Report on the bubonic plague in Bombay, 1896-1897
Year: 1896
Disease focus: Plague
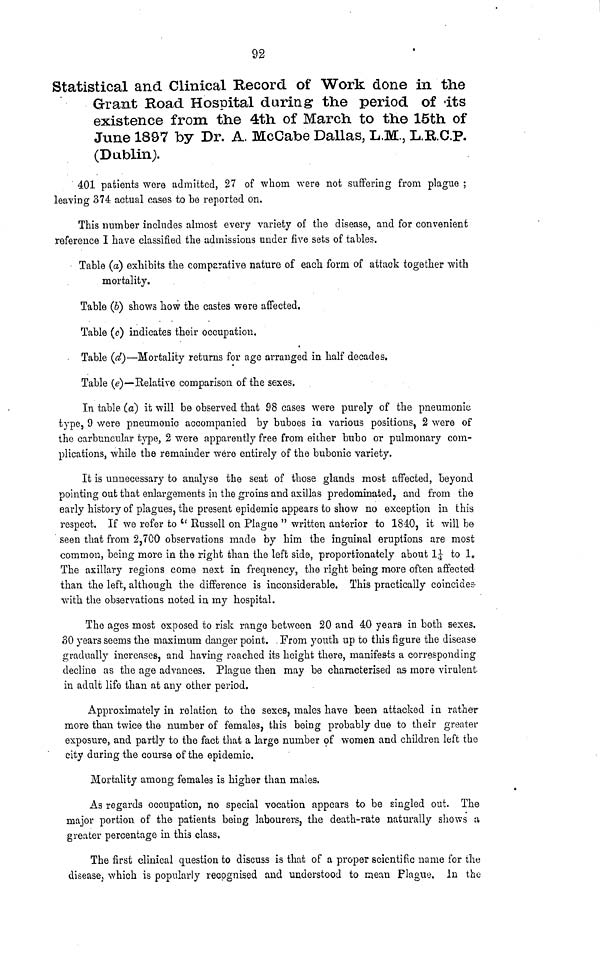
92
Statistical and Clinical Record of Work done in the
Grant Road Hospital during the period of its
existence from the 4th of March to the 15th of
June 1897 by Dr. A. McCabe Dallas, L.M., L.R.C.P.
(Dublin).
401 patients were admitted, 27 of whom were not suffering from plague ;
leaving 374 actual cases to be reported on.
This number includes almost every variety of the disease, and for convenient
reference I have classified the admissions under five sets of tables.
Table (a) exhibits the comparative nature of each form of attack together with
mortality.
Table (b) shows how the castes were affected.
Table (c) indicates their occupation.
Table (d)—Mortality returns for age arranged in half decades.
Table (e)—Relative comparison of the sexes.
In table (a) it will be observed that 98 cases were purely of the pneumonie
type, 9 were pneumonic accompanied by buboes in various positions, 2 were of
the carbuncular type, 2 were apparently free from either bubo or pulmonary com-
plications, while the remainder were entirely of the bubonic variety.
It is unnecessary to analyse the seat of those glands most affected, beyond
pointing out that enlargements in the groins and axillas predominated, and from the
early history of plagues, the present epidemic appears to show no exception in this
respect. If we refer to "Russell on Plague" written anterior to 1840, it will be
seen that from 2,700 observations made by him the inguinal eruptions are most
common, being more in the right than the left side, proportionately about 1 to 1
The axillary regions come next in frequency, the right being more often affected
than the left, although the difference is inconsiderable. This practically coincides
with the observations noted in my hospital.
The ages most exposed to risk range between 20 and 40 years in both sexes.
SO years seems the maximum danger point. From youth up to this figure the disease
gradually increases, and having reached its height there, manifests a corresponding
decline as the age advances. Plague then may be characterised as more virulent
in adult life than at any other period.
Approximately in relation to the sexes, males have been attacked in rather
more than twice the number of females, this being probably due to their greater
exposure, and partly to the fact that a large number of women and children left the
city during the course of the epidemic.
Mortality among females is higher than males.
As regards occupation, no special vocation appears to be singled out. The
major portion of the patients being labourers, the death-rate naturally shows a
greater percentage in this class.
The first clinical question to discuss is that of a proper scientific name for the
disease, which is popularly recognised and understood to mean Plague. In the